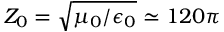
Z _ { 0 } = \sqrt { \mu _ { 0 } / \epsilon _ { 0 } } \simeq 1 2 0 \pi